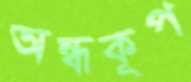
অন্ধকূপ